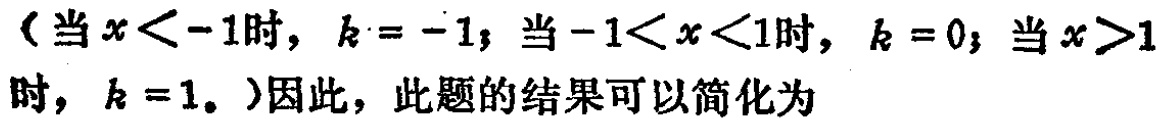
（当\(x < -1\)时，\(k = -1\)；当\(-1 < x < 1\)时，\(k = 0\)；当\(x > 1\)时，\(k = 1\)。）因此，此题的结果可以简化为